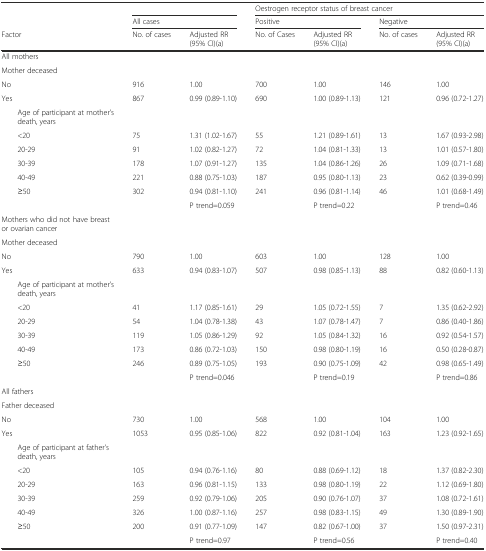
<table><thead><tr><td></td><td colspan="2"></td><td colspan="4"><b>Oestrogen receptor status of breast cancer</b></td></tr><tr><td></td><td colspan="2"><b>All cases</b></td><td colspan="2"><b>Positive</b></td><td colspan="2"><b>Negative</b></td></tr><tr><td><b>Factor</b></td><td><b>No. of cases</b></td><td><b>Adjusted RR (95% CI)(a)</b></td><td><b>No. of Cases</b></td><td><b>Adjusted RR (95% CI)(a)</b></td><td><b>No. of cases</b></td><td><b>Adjusted RR (95% CI)(a)</b></td></tr></thead><tbody><tr><td>All mothers</td><td></td><td></td><td></td><td></td><td></td><td></td></tr><tr><td>Mother deceased</td><td></td><td></td><td></td><td></td><td></td><td></td></tr><tr><td>No</td><td>916</td><td>1.00</td><td>700</td><td>1.00</td><td>146</td><td>1.00</td></tr><tr><td>Yes</td><td>867</td><td>0.99 (0.89-1.10)</td><td>690</td><td>1.00 (0.89-1.13)</td><td>121</td><td>0.96 (0.72-1.27)</td></tr><tr><td>Age of participant at mother’s death, years</td><td></td><td></td><td></td><td></td><td></td><td></td></tr><tr><td>&lt;20</td><td>75</td><td>1.31 (1.02-1.67)</td><td>55</td><td>1.21 (0.89-1.61)</td><td>13</td><td>1.67 (0.93-2.98)</td></tr><tr><td>20-29</td><td>91</td><td>1.02 (0.82-1.27)</td><td>72</td><td>1.04 (0.81-1.33)</td><td>13</td><td>1.01 (0.57-1.80)</td></tr><tr><td>30-39</td><td>178</td><td>1.07 (0.91-1.27)</td><td>135</td><td>1.04 (0.86-1.26)</td><td>26</td><td>1.09 (0.71-1.68)</td></tr><tr><td>40-49</td><td>221</td><td>0.88 (0.75-1.03)</td><td>187</td><td>0.95 (0.80-1.13)</td><td>23</td><td>0.62 (0.39-0.99)</td></tr><tr><td>≥50</td><td>302</td><td>0.94 (0.81-1.10)</td><td>241</td><td>0.96 (0.81-1.14)</td><td>46</td><td>1.01 (0.68-1.49)</td></tr><tr><td></td><td></td><td>P trend=0.059</td><td></td><td>P trend=0.22</td><td></td><td>P trend=0.46</td></tr><tr><td>Mothers who did not have breast or ovarian cancer</td><td></td><td></td><td></td><td></td><td></td><td></td></tr><tr><td>Mother deceased</td><td></td><td></td><td></td><td></td><td></td><td></td></tr><tr><td>No</td><td>790</td><td>1.00</td><td>603</td><td>1.00</td><td>128</td><td>1.00</td></tr><tr><td>Yes</td><td>633</td><td>0.94 (0.83-1.07)</td><td>507</td><td>0.98 (0.85-1.13)</td><td>88</td><td>0.82 (0.60-1.13)</td></tr><tr><td>Age of participant at mother’s death, years</td><td></td><td></td><td></td><td></td><td></td><td></td></tr><tr><td>&lt;20</td><td>41</td><td>1.17 (0.85-1.61)</td><td>29</td><td>1.05 (0.72-1.55)</td><td>7</td><td>1.35 (0.62-2.92)</td></tr><tr><td>20-29</td><td>54</td><td>1.04 (0.78-1.38)</td><td>43</td><td>1.07 (0.78-1.47)</td><td>7</td><td>0.86 (0.40-1.86)</td></tr><tr><td>30-39</td><td>119</td><td>1.05 (0.86-1.29)</td><td>92</td><td>1.05 (0.84-1.32)</td><td>16</td><td>0.92 (0.54-1.57)</td></tr><tr><td>40-49</td><td>173</td><td>0.86 (0.72-1.03)</td><td>150</td><td>0.98 (0.80-1.19)</td><td>16</td><td>0.50 (0.28-0.87)</td></tr><tr><td>≥50</td><td>246</td><td>0.89 (0.75-1.05)</td><td>193</td><td>0.90 (0.75-1.09)</td><td>42</td><td>0.98 (0.65-1.49)</td></tr><tr><td></td><td></td><td>P trend=0.046</td><td></td><td>P trend=0.19</td><td></td><td>P trend=0.86</td></tr><tr><td>All fathers</td><td></td><td></td><td></td><td></td><td></td><td></td></tr><tr><td>Father deceased</td><td></td><td></td><td></td><td></td><td></td><td></td></tr><tr><td>No</td><td>730</td><td>1.00</td><td>568</td><td>1.00</td><td>104</td><td>1.00</td></tr><tr><td>Yes</td><td>1053</td><td>0.95 (0.85-1.06)</td><td>822</td><td>0.92 (0.81-1.04)</td><td>163</td><td>1.23 (0.92-1.65)</td></tr><tr><td>Age of participant at father’s death, years</td><td></td><td></td><td></td><td></td><td></td><td></td></tr><tr><td>&lt;20</td><td>105</td><td>0.94 (0.76-1.16)</td><td>80</td><td>0.88 (0.69-1.12)</td><td>18</td><td>1.37 (0.82-2.30)</td></tr><tr><td>20-29</td><td>163</td><td>0.96 (0.81-1.15)</td><td>133</td><td>0.98 (0.80-1.19)</td><td>22</td><td>1.12 (0.69-1.80)</td></tr><tr><td>30-39</td><td>259</td><td>0.92 (0.79-1.06)</td><td>205</td><td>0.90 (0.76-1.07)</td><td>37</td><td>1.08 (0.72-1.61)</td></tr><tr><td>40-49</td><td>326</td><td>1.00 (0.87-1.16)</td><td>257</td><td>0.98 (0.83-1.15)</td><td>49</td><td>1.30 (0.89-1.90)</td></tr><tr><td>≥50</td><td>200</td><td>0.91 (0.77-1.09)</td><td>147</td><td>0.82 (0.67-1.00)</td><td>37</td><td>1.50 (0.97-2.31)</td></tr><tr><td></td><td></td><td>P trend=0.97</td><td></td><td>P trend=0.56</td><td></td><td>P trend=0.40</td></tr></tbody></table>